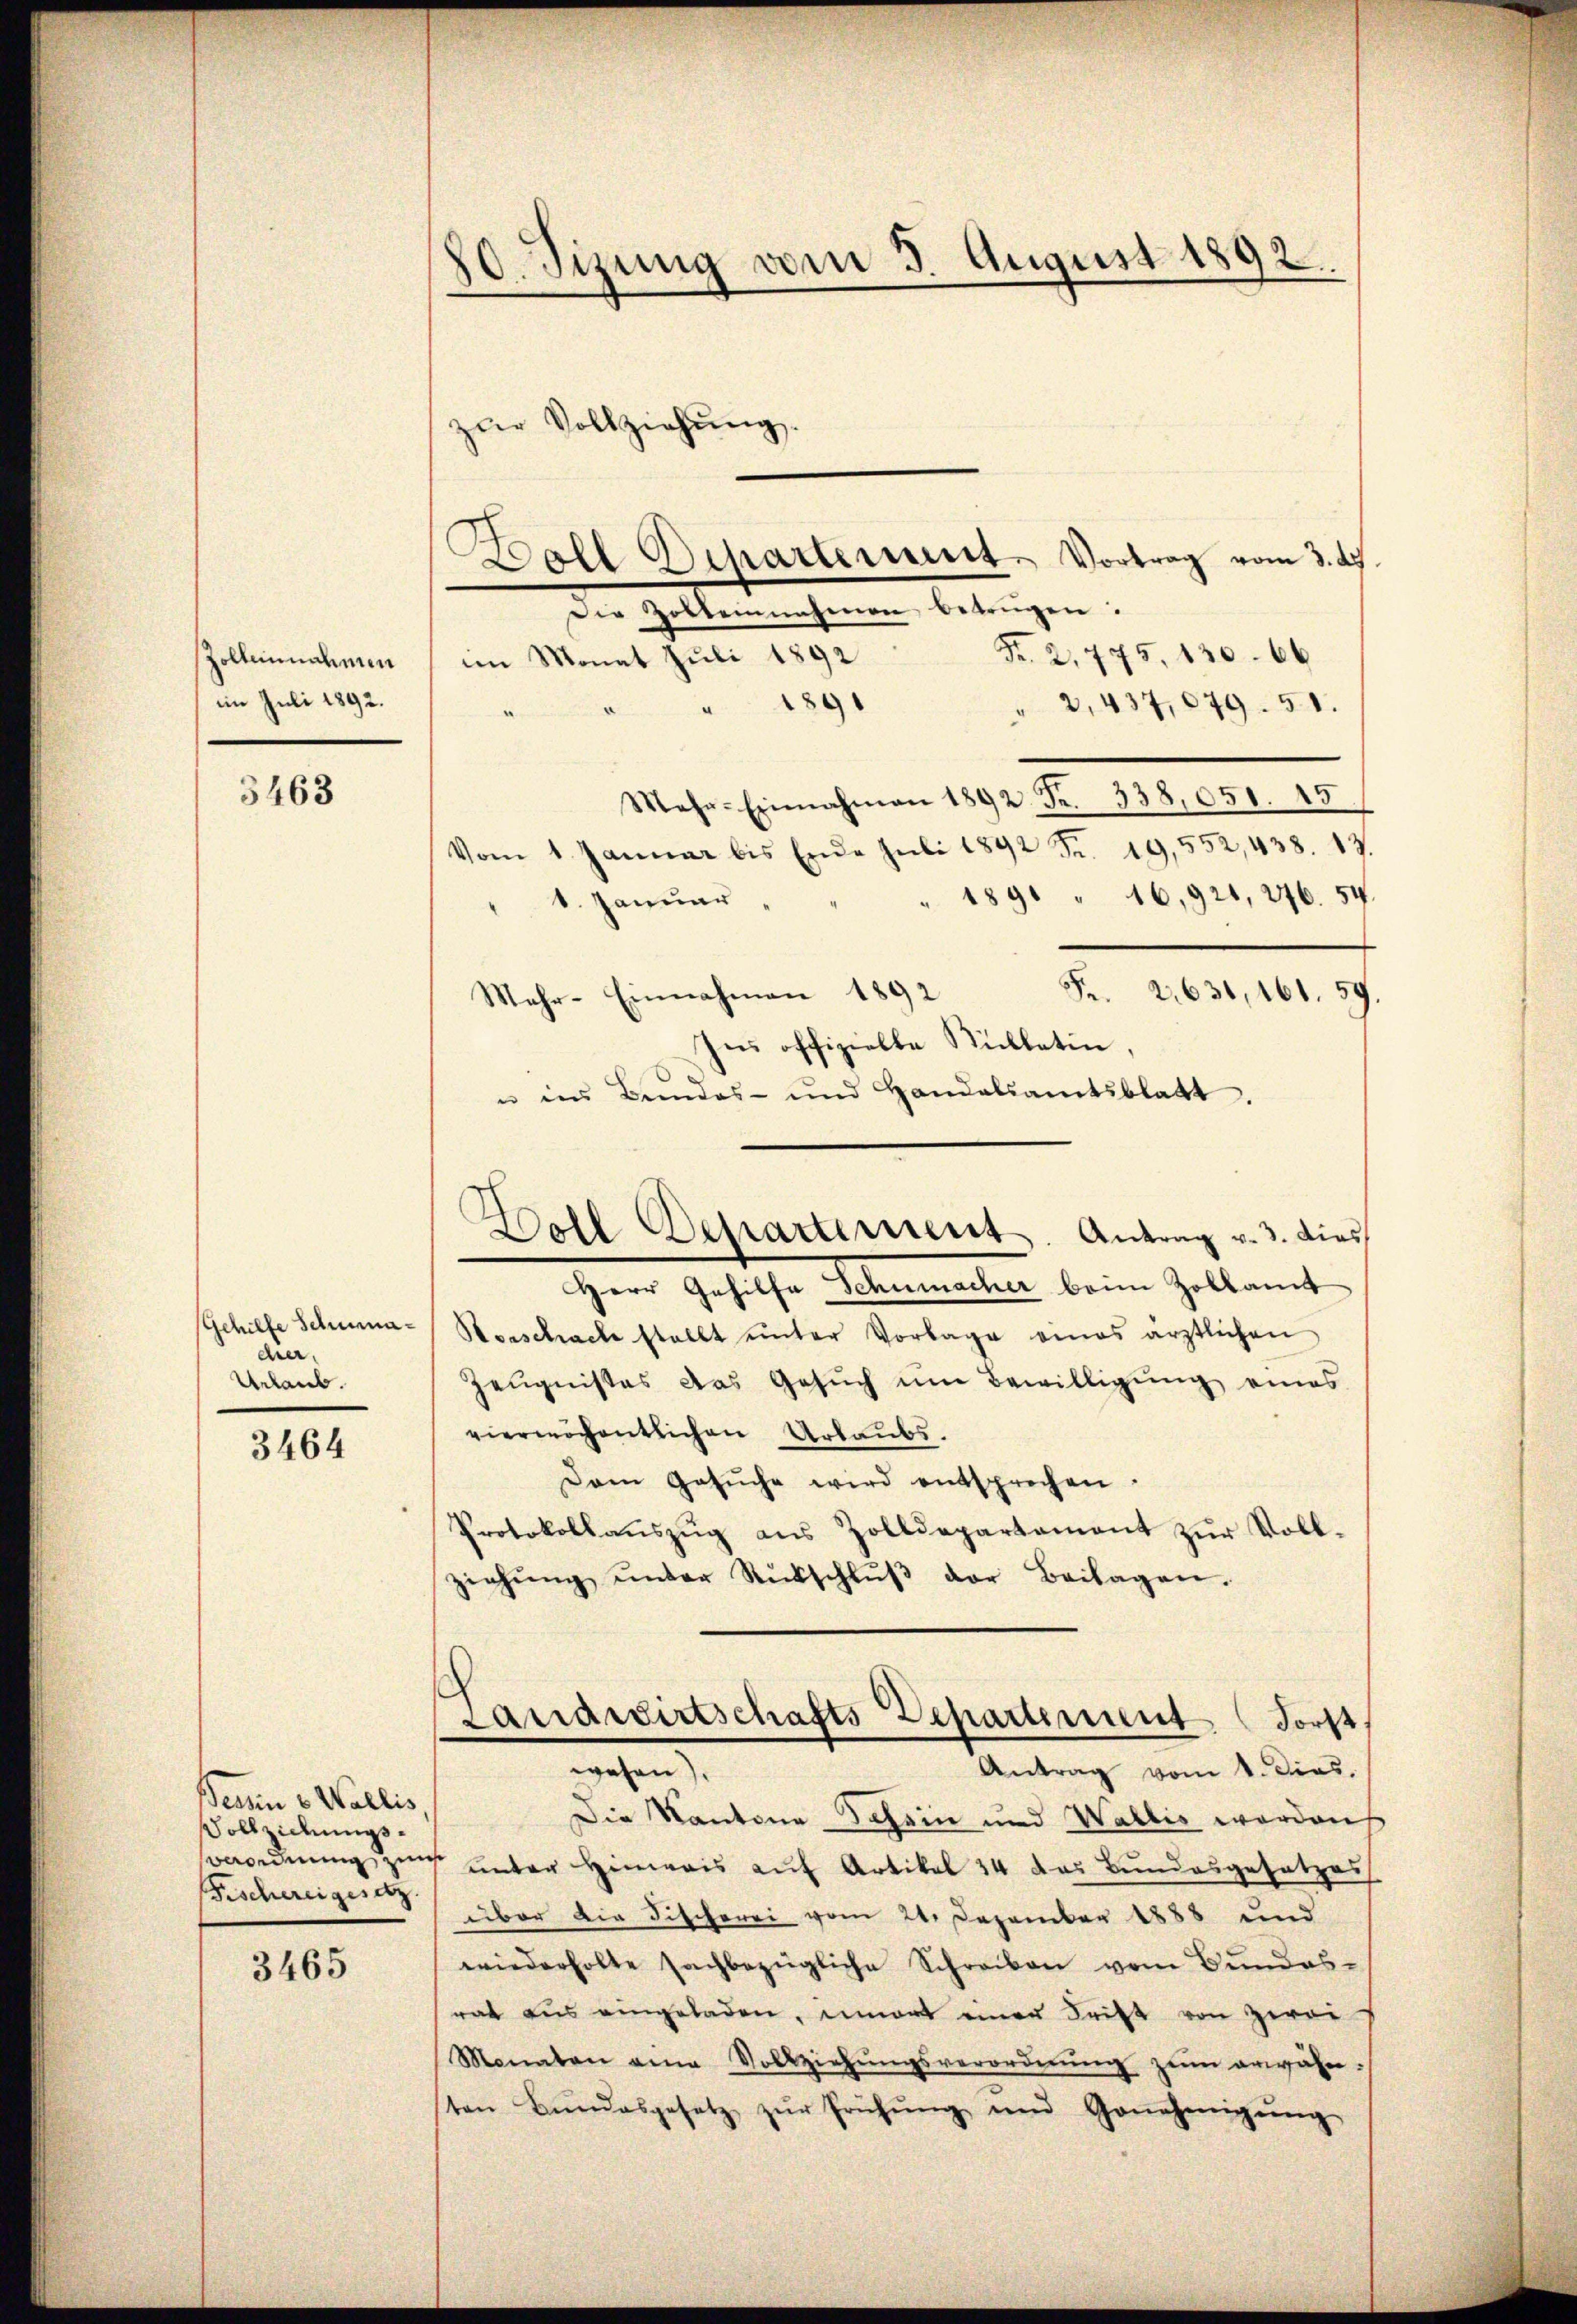
Zolbeinnahmen
im Juli 1892.

3463

Gehilfe Schumacher.
Urlaub.

3464

Bern v. Wallis
Vollziehungs¬
Fischereigesetz

3465

80. Sizung vom 3. August 1892

e
Die Zolbeinnahmen betrügen.
Fr. 2,775, 130. 66
im Monat Juli 1892
" 1891
" 2,437,679. 51.
Mehr-Einnahmen 1892. Fr. 338,051. 45
Vom 1. Januar bis Ende Juli 1892 Fr. 19,552, 438. 13.
" 1891 " 16,921, 246. 54.
1. Januar
Fr. 21631, 161. 59.
Mehr-Einnahmen 1892
Ins offizielle Sublatin,
u ins Bundes- und Handalsamtsblatt.
Herr Gehilfe Schumacher beim Zollamt
Horschracke stellt ŭnter Vorlage eines ärztlichen
Zeŭgnisses das Gesŭch ŭm Bewilligŭng eines
vierwöchentlichen Urlaubs.
Dem Gesŭche wird entsprechen
Protokollaŭszŭg aŭs Zolldepartament zŭr Voll-
ziehŭng ŭnter Rückschlŭβ der Beilagen.
Landwirtschafts Departement Forst
wesen).
Antrag vom 1. Dies.
Die Kantone Schein und Wallis worden
oeordnung zu unter Hinweis auf Artikel 34 das Bundesgesetzes
über die Fischerei vom 21. Dezember 1888 und
wiederholte sachbezügliche Schreiben vom Bundes-
rat aus eingeladen, innert einen Frist von Zwei
Monaten eine Vollziehŭngsverordnŭng zŭm erwähn-
sten Bŭndesgesetz zŭr Frühŭng und Genehmigŭng

zŭr Vollziehŭng.

Doll Departement. Vortrag vom 3. ds.

Boll Departement. Antrag v. 3. dies